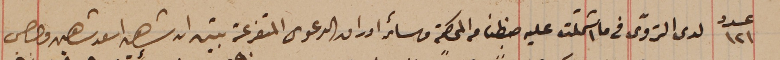
عدد ١٢١ لدى التروّى فى ما اشتملت عليه ضبطنا من المحكمة وسائر اوراق الدعوى المتفرعة تبين ان شاهين اسعد شاهين وجرجس